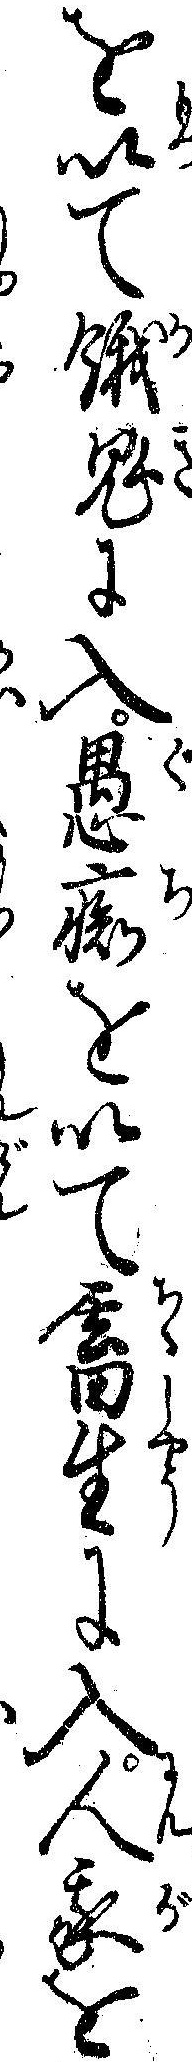
を以て餓鬼に入愚痴を以て畜生に入人我を